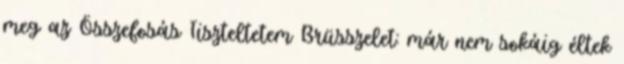
meg az Összefosás Tiszteltetem Brüsszelet: már nem sokáig éltek